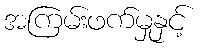
အကြမ်းဖက်မှုနှင့်